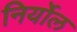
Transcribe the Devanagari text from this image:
निर्योल